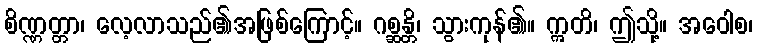
စိဏ္ဏတ္တာ၊ လေ့လာသည်၏အဖြစ်ကြောင့်။ ဂစ္ဆန္တိ၊ သွားကုန်၏။ ဣတိ၊ ဤသို့။ အဝေါစ၊